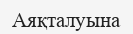
Аяқталуына